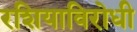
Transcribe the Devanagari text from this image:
रशियाविरोधी